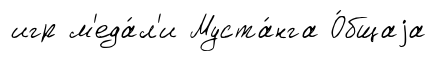
игр м'еда́л'и Муста́нга О́бщаjа